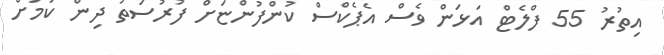
އިތުރު 55 ފްލެޓް އަޅަން ވެސް އެޕެކްސް ކުންފުންޏަށް ފުރުސަތު ދިން ކަމަށް